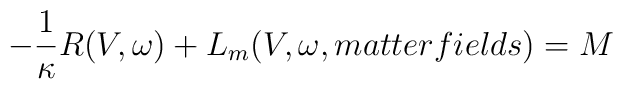
-\frac{1}{\kappa}R(V,\omega ) + L_{m}(V,\omega, matter fields) = M